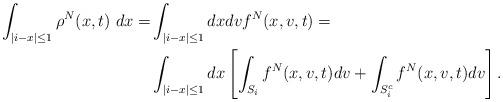
LaTeX: \begin{align*}\int_{|i-x|\leq1}\rho^N(x,t)\ dx=&\int_{|i-x|\leq1} dxdv f^N(x,v,t)=\\&\int_{|i-x|\leq1}dx\left[\int_{S_i}f^N(x,v,t)dv+\int_{S_{i}^c}f^N(x,v,t)dv\right].\end{align*}